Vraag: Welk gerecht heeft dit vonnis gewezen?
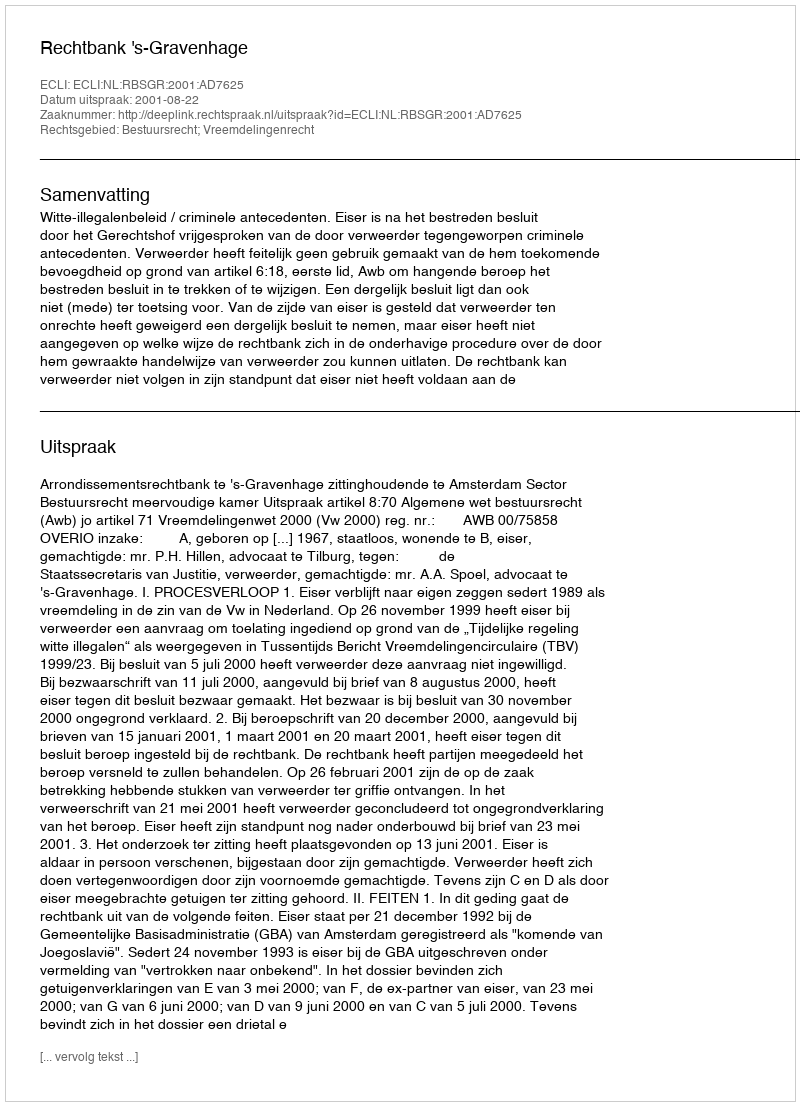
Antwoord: Rechtbank 's-Gravenhage